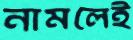
নামলেই